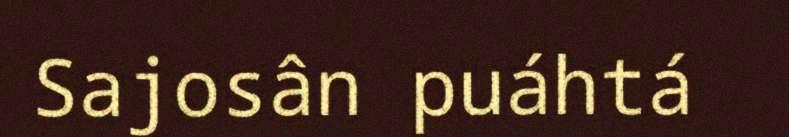
Sajosân puáhtá